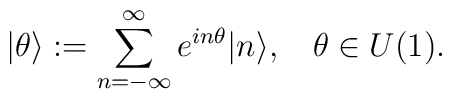
\vert\theta\rangle :=\sum\limits_{n=-\infty}^{\infty}e^{in\theta}\vert n\rangle ,\:\:\:\:\theta\in U(1).